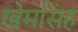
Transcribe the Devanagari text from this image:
खेमसिंह